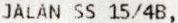
JALAN SS 15/4B,